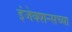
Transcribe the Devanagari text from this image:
इंजेक्शन्सच्या